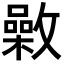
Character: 𣀉